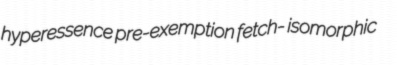
hyperessence pre-exemption fetch- isomorphic